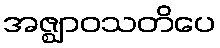
အဇ္ဈာဝသတိပေ